Annual administration report of the Civil Veterinary Department of India - 1910-1911
Year: 1910
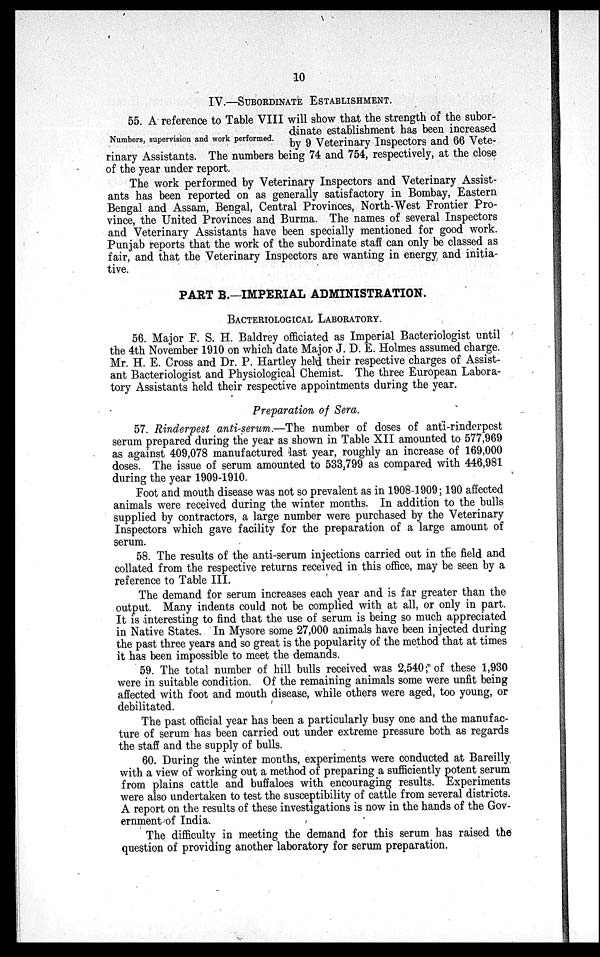
10
IV.—SUBORDINATE ESTABLISHMENT.
Numbers, supervision and work performed.
55. A reference to Table VIII will show that the strength of the subor-
dinate establishment has been increased
by 9 Veterinary Inspectors and 66 Vete-
rinary Assistants. The numbers being 74 and 754, respectively, at the close
of the year under report.
The work performed by Veterinary Inspectors and Veterinary Assist-
ants has been reported on as generally satisfactory in Bombay, Eastern
Bengal and Assam, Bengal, Central Provinces, North-West Frontier Pro-
vince, the United Provinces and Burma. The names of several Inspectors
and Veterinary Assistants have been specially mentioned for good work.
Punjab reports that the work of the subordinate staff can only be classed as
fair, and that the Veterinary Inspectors are wanting in energy and initia-
tive.
PART B.—IMPERIAL ADMINISTRATION.
BACTERIOLOGICAL LABORATORY.
56. Major F. S. H. Baldrey officiated as Imperial Bacteriologist until
the 4th November 1910 on which date Major J. D. E. Holmes assumed charge.
Mr. H. E. Cross and Dr. P. Hartley held their respective charges of Assist-
ant Bacteriologist and Physiological Chemist. The three European Labora-
tory Assistants held their respective appointments during the year.
Preparation of Sera.
57. Rinderpest anti-serum.—The number of doses of anti-rinderpest
serum prepared during the year as shown in Table XII amounted to 577,969
as against 409,078 manufactured last year, roughly an increase of 169,000
doses. The issue of serum amounted to 533,799 as compared with 446,981
during the year 1909-1910.
Foot and mouth disease was not so prevalent as in 1908-1909; 190 affected
animals were received during the winter months. In addition to the bulls
supplied by contractors, a large number were purchased by the Veterinary
Inspectors which gave facility for the preparation of a large amount of
serum.
58. The results of the anti-serum injections carried out in the field and
collated from the respective returns received in this office, may be seen by a
reference to Table III.
The demand for serum increases each year and is far greater than the
output. Many indents could not be complied with at all, or only in part.
It is interesting to find that the use of serum is being so much appreciated
in Native States. In Mysore some 27,000 animals have been injected during
the past three years and so great is the popularity of the method that at times
it has been impossible to meet the demands.
59. The total number of hill bulls received was 2,540; of these 1,930
were in suitable condition. Of the remaining animals some were unfit being
affected with foot and mouth disease, while others were aged, too young, or
debilitated.
The past official year has been a particularly busy one and the manufac-
ture of serum has been carried out under extreme pressure both as regards
the staff and the supply of bulls.
60. During the winter months, experiments were conducted at Bareilly
with a view of working out a method of preparing a sufficiently potent serum
from plains cattle and buffaloes with encouraging results. Experiments
were also undertaken to test the susceptibility of cattle from several districts.
A report on the results of these investigations is now in the hands of the Gov-
ernment of India.
The difficulty in meeting the demand for this serum has raised the
question of providing another laboratory for serum preparation.